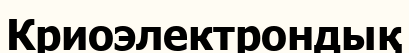
Криоэлектрондық